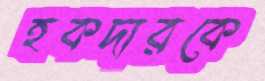
হকদারকে